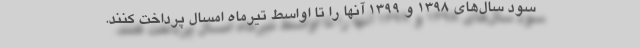
سود سال‌های ۱۳۹۸ و ۱۳۹۹ آنها را تا اواسط تیرماه امسال پرداخت کنند.